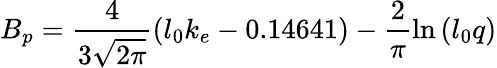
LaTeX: B_{p}=\frac{4}{3\sqrt{2\pi}}{\left(l_{0}k_{e}-0.14641\right)-\frac{2}{\pi}{\ln{\left(l_{0}q\right)}}}